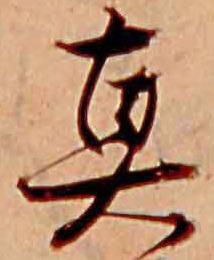
真